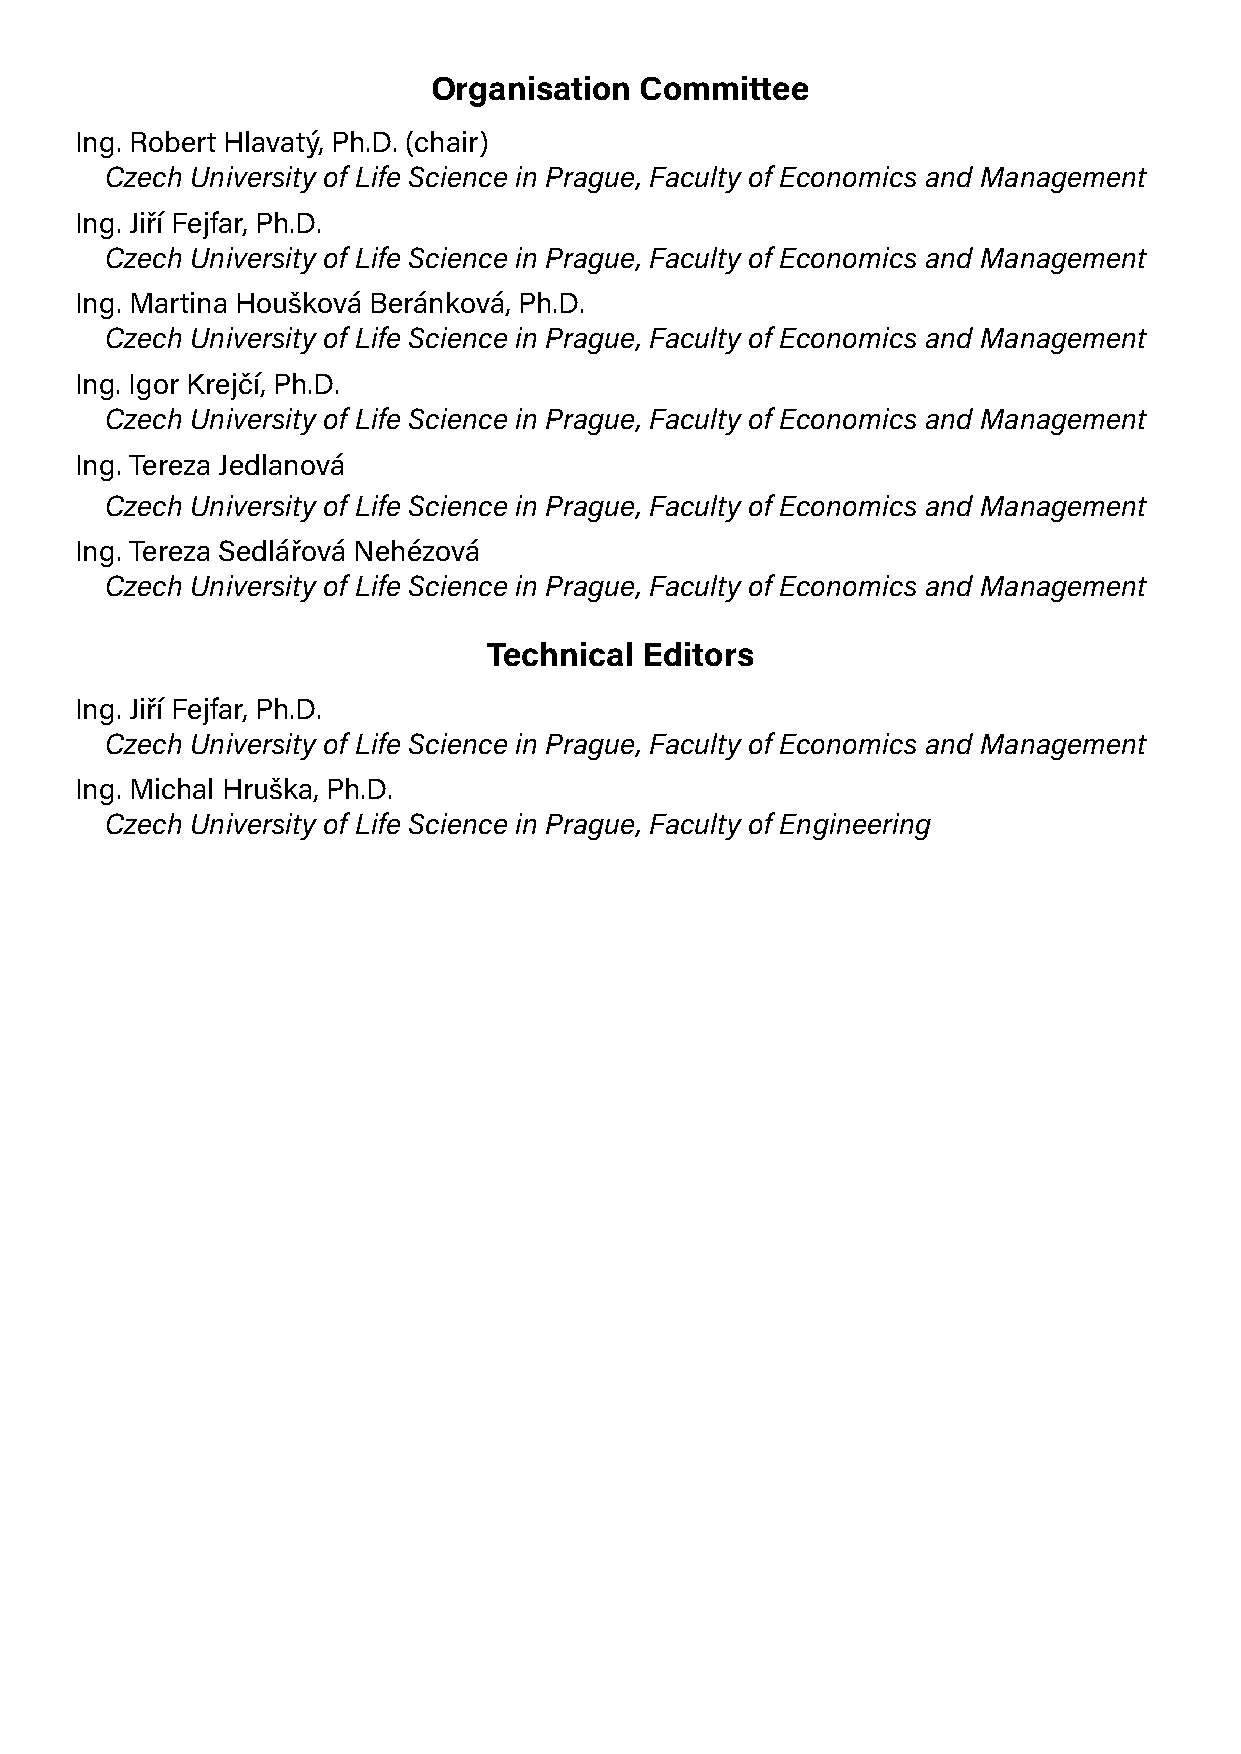
Organisation Committee
 Ing. Robert Hlavatý, Ph.D. (chair)
 Czech University of Life Science in Prague, Faculty of Economics and Management
 Ing. Jiří Fejfar, Ph.D.
 Czech University of Life Science in Prague, Faculty of Economics and Management
 Ing. Martina Houšková Beránková, Ph.D.
 Czech University of Life Science in Prague, Faculty of Economics and Management
 Ing. Igor Krejčí, Ph.D.
 Czech University of Life Science in Prague, Faculty of Economics and Management
 Ing. Tereza Jedlanová
 Czech University of Life Science in Prague, Faculty of Economics and Management
 Ing. Tereza Sedlářová Nehézová
 Czech University of Life Science in Prague, Faculty of Economics and Management
 Technical  Editors
 Ing. Jiří Fejfar, Ph.D.
 Czech University of Life Science in Prague, Faculty of Economics and Management
 Ing. Michal Hruška, Ph.D.
 Czech University of Life Science in Prague, Faculty of Engineering